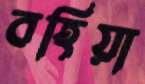
বহিয়া